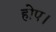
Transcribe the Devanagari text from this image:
होप।